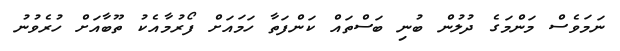
ނަމަވެސް މަންމަގެ ދުލުން ބުނި ބަސްތައް ކަންފަތާ ހަމައަށް ފޯރުމާއެކު ތޫބާއަށް ހުރެވުނު